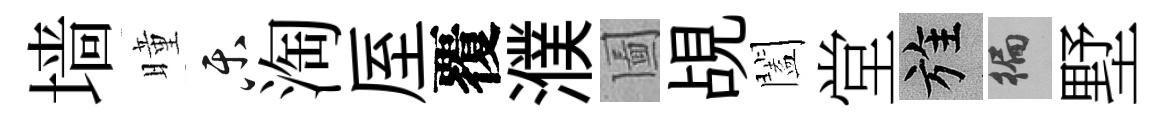
墙曈乐淘厔覆濮圗覘闔堂旌徧墅